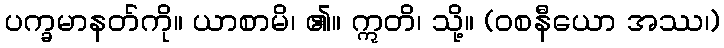
ပက္ခမာနတ်ကို။ ယာစာမိ၊ ၏။ ဣတိ၊ သို့။ (ဝစနီယော အဿ၊)